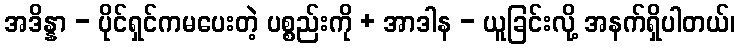
အဒိန္နာ - ပိုင်ရှင်ကမပေးတဲ့ ပစ္စည်းကို + အာဒါန - ယူခြင်းလို့ အနက်ရှိပါတယ်၊